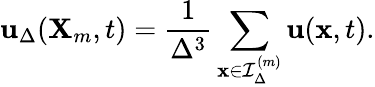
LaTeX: \mathbf{u}_{\Delta}(\mathbf{X}_{m},t)=\frac{1}{\Delta^{3}}\sum_{\mathbf{x}\in\mathcal{I}_{\Delta}^{(m)}}\mathbf{u}(\mathbf{x},t).